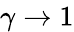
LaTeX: \gamma\xrightarrow{}1